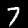
Digit: 7